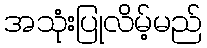
အသုံးပြုလိမ့်မည်